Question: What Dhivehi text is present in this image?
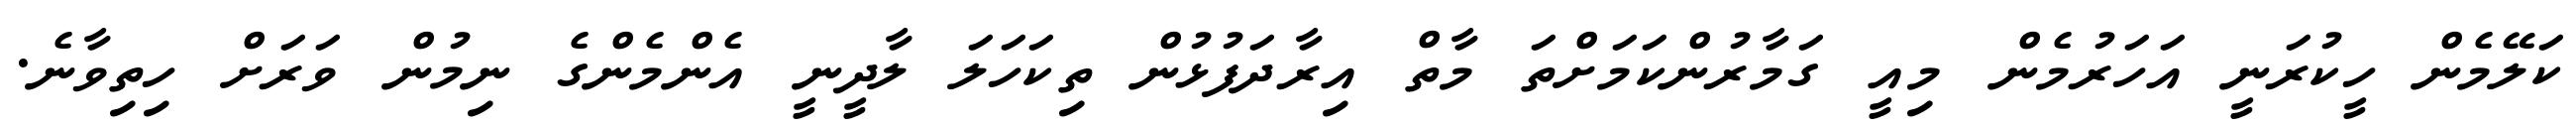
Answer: ކަލޭމެން ހީކުރަނީ އަހަރުމެން މިއީ ގަމާރުންކަމަށްތަ މާތް އިރާދަފުޅުން ތިކަހަލަ ލާދީނީ އެންމެންގެ ނިމުން ވަރަށް ހިތިވާނެ.